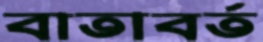
বাতাবর্ত